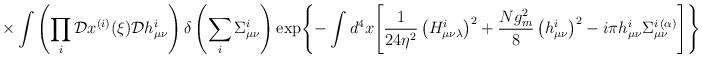
LaTeX: \begin{align*}\times\int\left(\prod\limits_{i}^{}{\cal D}x^{(i)}(\xi){\cal D}h_{\mu\nu}^i\right)\delta\left(\sum\limits_{i}^{}\Sigma_{\mu\nu}^i\right)\exp\Biggl\{-\int d^4x\Biggl[\frac{1}{24\eta^2}\left(H_{\mu\nu\lambda}^i\right)^2+\frac{Ng_m^2}{8}\left(h_{\mu\nu}^i\right)^2-i\pi h_{\mu\nu}^i\Sigma_{\mu\nu}^{i{\,}(\alpha)}\Biggr]\Biggr\}.\end{align*}